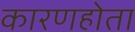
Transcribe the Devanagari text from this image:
कारणहोता